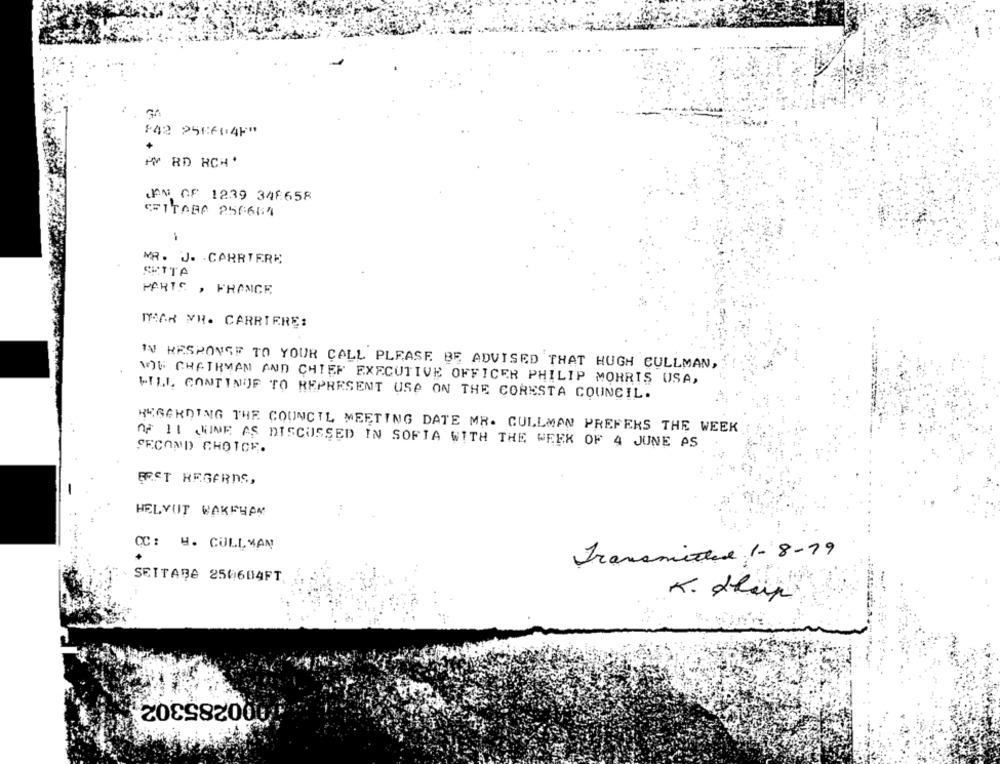
842 256604F"
HY RD RCH'
JAN OF 1239 348658
GRITABA 256654
MR. J. CARRIERE
SETTA
PARTS , FRANCE
TEAR SH. CARRIERE:
IN RESPONSE TO YOUR CALL PLEASE BE ADVISED THAT HUGH CULLMAN,
OF CHAIRMAN AND CHIEF EXECUTIVE OFFICER PHILIP MORRIS USA,
WILL CONTINUE TO REPRESENT USE ON THE CORESTA COUNCIL.
REGARDING THE COUNCIL MEETING DATE MR. CULLMAN PREFERS THE WEEK
OF 11 WINE AS DISCUSSED IN SOFIA WITH THE WEEK OF 4 JUNE AS
SECOND CHOICE.
BEST REGARDS,
HELYUT WAKEHAN
CC: H. CULLMAN
Transmited 1- 8-19
SETTARE 250604FT
K. Alap
000285302